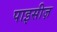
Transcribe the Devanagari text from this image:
पाइसीज़